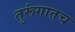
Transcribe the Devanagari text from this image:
तुरूंगातच